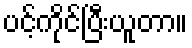
ပင့်ကိုင်ပြီးယူတာ။